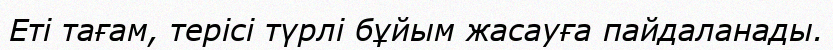
Еті тағам, терісі түрлі бұйым жасауға пайдаланады.